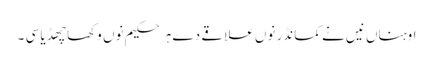
اوہناں نیں نے کمانڈر نوں علاقے دے ہر حکیم نوں وکھا چھڈیا سی ۔